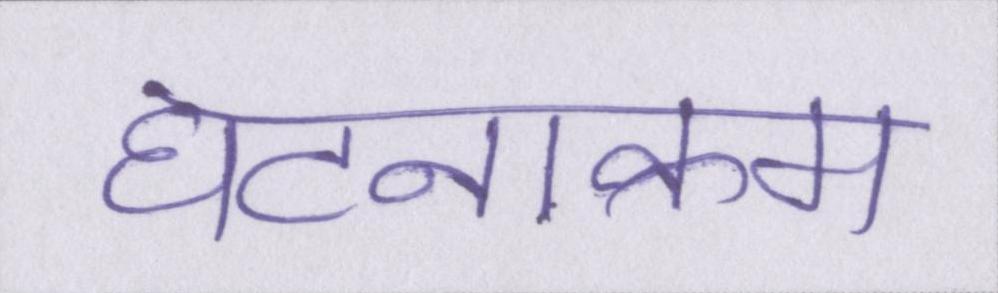
घटनाक्रम